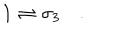
\mathbf { 1 } \rightleftharpoons \sigma _ { 3 } \quad .